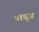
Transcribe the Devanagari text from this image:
तावूज